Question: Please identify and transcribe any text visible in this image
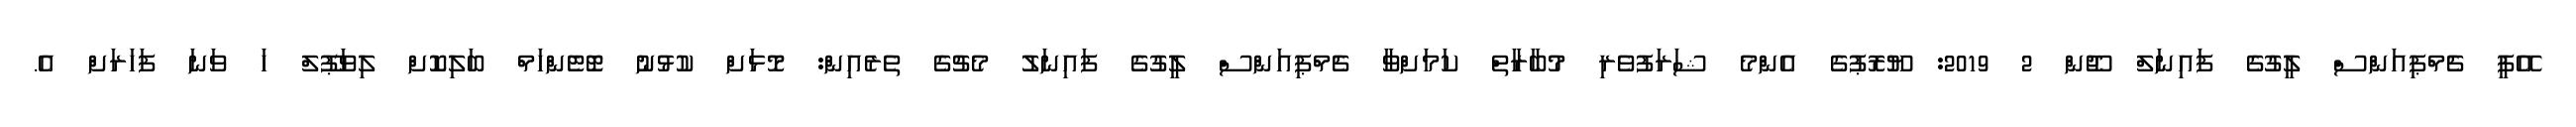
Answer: އޭޕީ ޗެމްޕިއަންސް ލީގުގެ ފައިނަލް ޖޫން 2 2019: ޔޫރޮޕުގެ އެންމެ ޝަރަފުވެރި މުބާރާތް ކަމަށްވާ ޗެމްޕިއަންސް ލީގުގެ ފައިނަލު މެޗުގެ ތެރެއިން: މޮޅަށް ކުޅުނު ޓޮޓެންހަމް ބަލިކޮށް ލިވަޕޫލް ހަ ވަނަ ފަހަރަށް އެ.